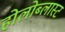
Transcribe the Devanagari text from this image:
होलोब्लास्ट